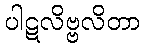
ပါဋလိဗ္ဗလိတာ